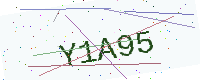
Text: Y1A95